Civil Veterinary Department. United Provinces 1932-42 - 1932-1942
Year: 1932
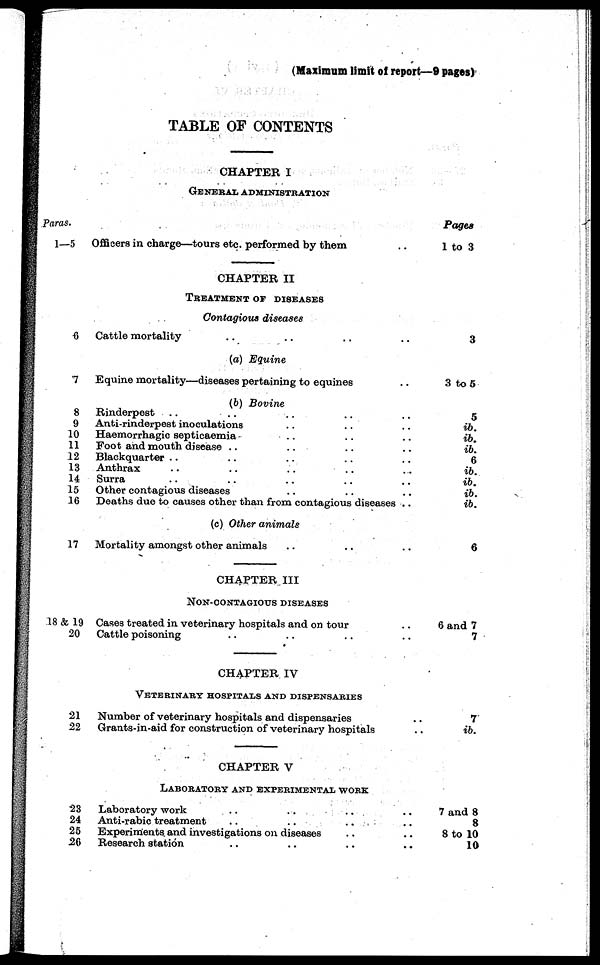
(Maximum limit of report—9 pages)
TABLE OF CONTENTS
CHAPTER I
GENERAL ADMINISTRATION
Paras.
1—5
6
7
8
9
10
11
12
13
14
15
16
17
18 & 19
20
21
22
23
24
25
26
Officers in charge—tours etc. performed by them ..
CHAPTER II
TREATMENT OF DISEASES
Contagious diseases
Cattle mortality .. .. .. ..
(a) Equine
Equine mortality—diseases pertaining to equines .
(b Bovine
Rinderpest .. .. .. ..
Anti-rinderpest inoculations .. .. ..
Haemorrhagic septicaemia .. .. ..
Foot and mouth disease .. .. ..
Blackquarter .. .. .. ..
Anthrax .. .. .. ..
Surra .. .. .. ..
Other contagious diseases .. .. ..
Deaths due to causes other than from contagious diseases ..
(c) Other animals
Mortality amongst other animals .. .. ..
CHAPTER III
NON-CNTAGIOUS DISEASES
Cases treated in veterinary hospitals and on tour ..
Cattle poisoning .. .. .. ..
CHAPTER IV
VETERINARY HOSPITALS AND DISPENSARIES
Number of veterinary hospitals and dispensaries
Grants-in-aid for construction of veterinary hospitals
CHAPTER V
LABORATORY AND EXPERIMENTAL WORK
Laboratory work .. .. .. ..
Anti-rabic treatment .. .. .. ..
Experiments and investigations on diseases ..
Research station .. .. .. ..
Pages
1 to 3
3
3 to 5
5
ib.
ib.
ib.
6
ib.
ib.
ib.
ib.
6
6 and 7
7
..
.. ib.
.. and 8
.. 8
.. 8 to 10
.. 10